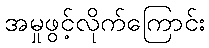
အမှုဖွင့်လိုက်ကြောင်း